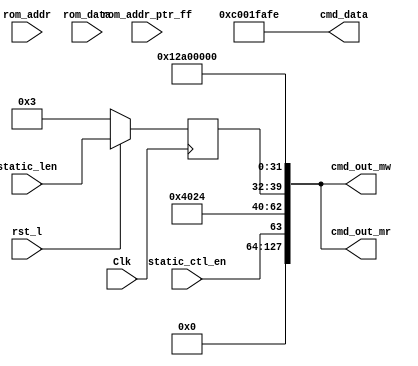
module axi_traffic_gen_v2_0_static_cmdgen
# (
  parameter C_ATG_STATIC_ADDRESS     = 32'h12A0_0000,
  parameter C_M_AXI_DATA_WIDTH       = 32           ,
  parameter C_ATG_MIF_ADDR_BITS      = 4 ,
  parameter C_ATG_STATIC_LENGTH      = 3,
  parameter C_ATG_SYSTEM_INIT        = 0,
  parameter C_ATG_SYSTEM_TEST        = 0            
) (
 input                            Clk            ,
 input                            rst_l          ,
 input                            static_ctl_en  , 
 input [7:0]                      static_len     , 
 input    [9:0]                   rom_addr_ptr_ff, 
 input   [31:0]                   rom_addr       ,
 input   [31:0]                   rom_data       ,
 output [127:0]                   cmd_out_mw     ,
 output [C_M_AXI_DATA_WIDTH-1:0]  cmd_data       ,
 output [127:0]                   cmd_out_mr      
);
wire [2:0] size;
generate if(C_M_AXI_DATA_WIDTH == 32 ) begin : M_SISE32
   assign size = 3'b010;
end
endgenerate
generate if(C_M_AXI_DATA_WIDTH == 64 ) begin : M_SISE64
   assign size = 3'b011;
end
endgenerate
generate if(C_M_AXI_DATA_WIDTH == 128 ) begin : M_SISE128
   assign size = 3'b100;
end
endgenerate
generate if(C_M_AXI_DATA_WIDTH == 256 ) begin : M_SISE256
   assign size = 3'b101;
end
endgenerate
generate if(C_M_AXI_DATA_WIDTH == 512 ) begin : M_SISE512
   assign size = 3'b110;
end
endgenerate
wire [5:0] id      = 6'h0;
wire [1:0] burst   = 2'b01;
reg  [7:0] len     = 8'h0;
always @(posedge Clk) begin
  len[7:0] <= (rst_l) ? static_len[7:0] : C_ATG_STATIC_LENGTH;
end
generate if(C_ATG_SYSTEM_INIT == 0 &&
            C_ATG_SYSTEM_TEST == 0 ) begin : STATIC_MODE_ON
assign cmd_out_mw = {
                     32'h0,
                     32'h0,
                     static_ctl_en,7'h0,3'b010,id,size,burst,2'b00,len,
                     C_ATG_STATIC_ADDRESS
                    };
assign cmd_out_mr = {
                     32'h0,
                     32'h0,
                     static_ctl_en,7'h0,3'b010,id,size,burst,2'b00,len,
                     C_ATG_STATIC_ADDRESS
                    };
assign cmd_data[C_M_AXI_DATA_WIDTH-1:0] = {
                                           64'hCAFE5AFE_C001CAFE,
                                           64'hCAFE1AFE_C001DAFE,
                                           64'hCAFE2AFE_C001EAFE,
                                           64'hCAFE3AFE_C001FAFE 
                                          };
end
endgenerate
wire system_init_en;
wire system_init_cnt_en;
wire system_init_cmd_en;
assign system_init_cnt_en = (rom_addr_ptr_ff[C_ATG_MIF_ADDR_BITS] != 1'b1);
assign system_init_cmd_en = ~(&rom_addr); 
assign system_init_en = system_init_cnt_en && system_init_cmd_en;
generate if(C_ATG_SYSTEM_INIT == 1 || C_ATG_SYSTEM_TEST == 1 ) begin : SYSTEM_INIT_TEST_MODE_ON
assign cmd_out_mw = {
                     32'h0,
                     32'h0,
                     system_init_en,7'h0,3'b010,id,size,burst,2'b00,8'h0,
                     rom_addr[31:0]
                    };
assign cmd_data[C_M_AXI_DATA_WIDTH-1:0] = rom_data[31:0];
end
endgenerate
endmodule